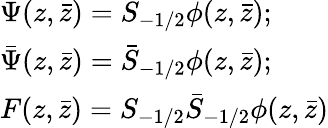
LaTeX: \begin{array}{l}{{\Psi(z,\bar{z})=S_{-1/2}\phi(z,\bar{z});}}\\ {{\bar{\Psi}(z,\bar{z})=\bar{S}_{-1/2}\phi(z,\bar{z});}}\\ {{F(z,\bar{z})=S_{-1/2}\bar{S}_{-1/2}\phi(z,\bar{z})}}\end{array}